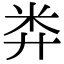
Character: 𥸭